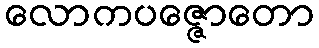
လောကပဇ္ဇောတော